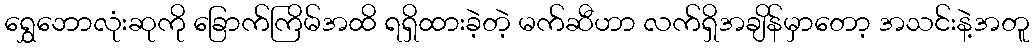
ရွှေဘောလုံးဆုကို ခြောက်ကြိမ်အထိ ရရှိထားခဲ့တဲ့ မက်ဆီဟာ လက်ရှိအချိန်မှာတော့ အသင်းနဲ့အတူ